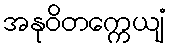
အနုဝိတက္ကေယျံ